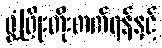
ဖွံ့ဖြိုးတိုးတက်ရန်နှင့်